Annual report on the lock hospitals of the Madras Presidency
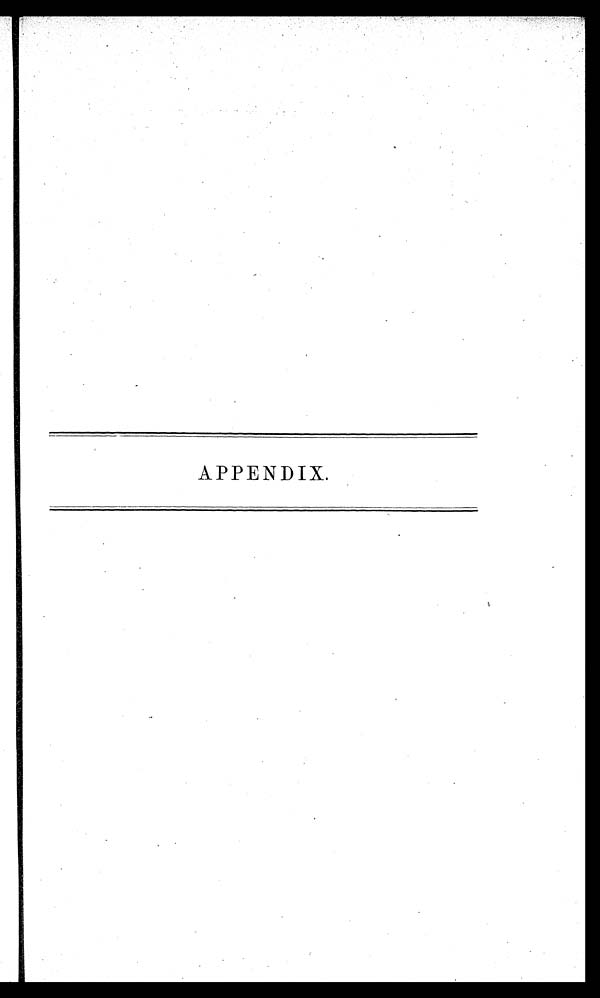
APPENDIX.